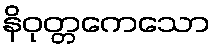
နိဝုတ္တကေသော